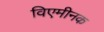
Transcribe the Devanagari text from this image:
विएमीनक